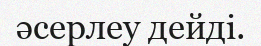
әсерлеу дейді.